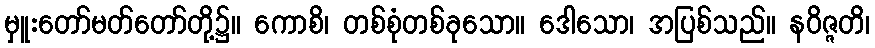
မှူးတော်မတ်တော်တို့၌။ ကောစိ၊ တစ်စုံတစ်ခုသော။ ဒေါသော၊ အပြစ်သည်။ နဝိဇ္ဇတိ၊